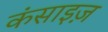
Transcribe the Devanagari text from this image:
कंसाइज़